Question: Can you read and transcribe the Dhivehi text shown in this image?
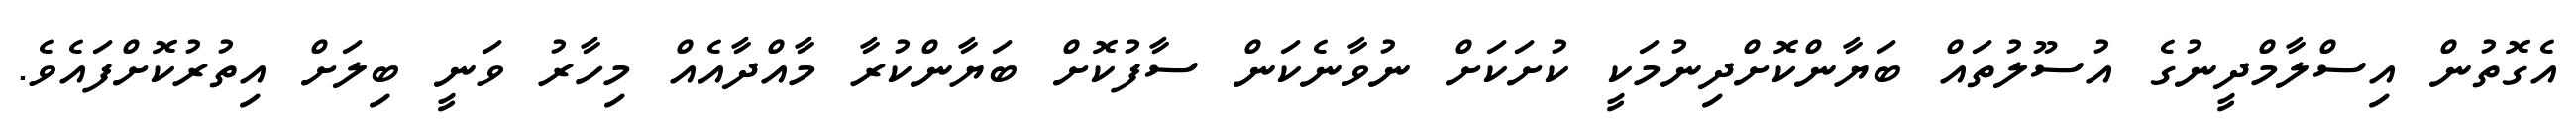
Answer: އެގޮތުން އިސްލާމްދީނުގެ އުސޫލުތައް ބަޔާންކޮށްދިނުމަކީ ކުށަކަށް ނުވާނެކަން ސާފުކޮށް ބަޔާންކުރާ މާއްދާއެއް މިހާރު ވަނީ ބިލަށް އިތުރުކޮށްފައެވެ.